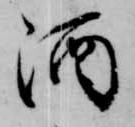
酒